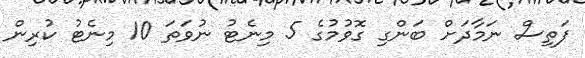
ފަތިސް ނަމާދަށް ބަންގި ގޮވުމުގެ 5 މިނެޓު ނުވަތަ 10 މިނެޓު ކުރިން